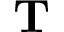
\textbf { T }